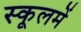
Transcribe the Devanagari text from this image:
स्कूलमें